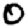
Digit: 0